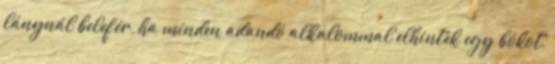
lánynál belefér, ha minden adandó alkalommal elhintek egy bókot,